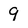
Character: 9